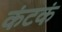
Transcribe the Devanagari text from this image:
कंटकं